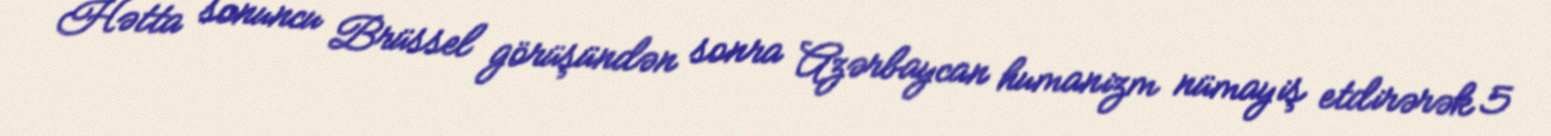
Hətta sonuncu Brüssel görüşündən sonra Azərbaycan humanizm nümayiş etdirərək 5